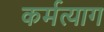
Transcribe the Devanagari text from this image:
कर्मत्याग